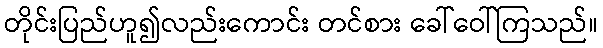
တိုင်းပြည်ဟူ၍လည်းကောင်း တင်စား ခေါ်ဝေါ်ကြသည်။